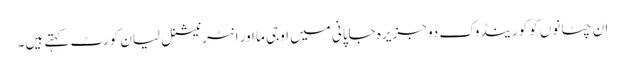
ان چٹانوں کو کورینڈوک دو جزیرہ جاپانی میں اوجی ما اور انٹرنیشنل لیان کورٹ کہتے ہیں۔